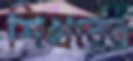
শিখরের